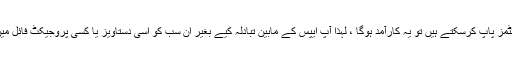
اگر آپ وہاں پر متعدد آئٹمز پاپ کرسکتے ہیں تو یہ کارآمد ہوگا ، لہذا آپ ایپس کے مابین تبادلہ کیے بغیر ان سب کو اسی دستاویز یا کسی پروجیکٹ فائل میں چسپاں کرسکتے ہیں؟